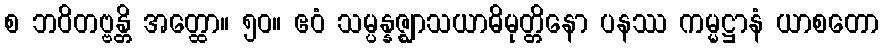
စ ဘဝိတဗ္ဗန္တိ အတ္ထော။ ၅၀။ ဧဝံ သမ္ပန္နဇ္ဈာသယာဓိမုတ္တိနော ပနဿ ကမ္မဋ္ဌာနံ ယာစတော